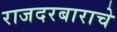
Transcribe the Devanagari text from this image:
राजदरबाराचे